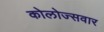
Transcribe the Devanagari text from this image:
कोलोज्सवार